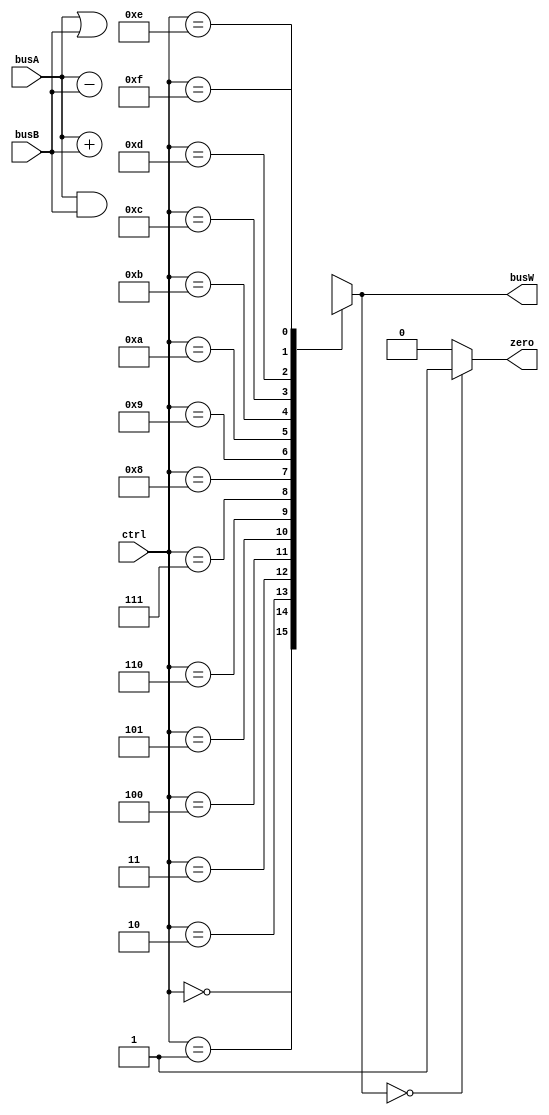
`timescale 1 ns/1 ps

`define ALUOP_AND    4'b0000
`define ALUOP_ORR    4'b0001
`define ALUOP_ADD    4'b0010
`define ALUOP_SUB    4'b0110
`define ALUOP_PASSB  4'b0111

module alu(
    //output reg [63:0] busW,
    output     [63:0] busW,
    output            zero,
    input      [63:0] busA,
    input      [63:0] busB,
    input      [3:0]  ctrl
);

wire [63:0] subresults [15:0];

assign busW = subresults[ctrl];			//assigning the result bus

// Assign subresults
assign subresults[`ALUOP_AND   ] = busA & busB;	//and operation
assign subresults[`ALUOP_ORR   ] = busA | busB;	//or operation
assign subresults[`ALUOP_ADD   ] = busA + busB;	//add operation
assign subresults[`ALUOP_SUB   ] = busA - busB;	//sub operation
assign subresults[`ALUOP_PASSB ] = busB;	//pass operation

assign zero = subresults[ctrl] == 0 ? 1'b1:1'b0; //check whether the resulting operation equals 0

endmodule